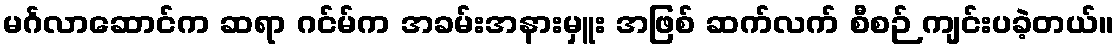
မင်္ဂလာဆောင်က ဆရာ ဂင်မ်က အခမ်းအနားမှူး အဖြစ် ဆက်လက် စီစဉ် ကျင်းပခဲ့တယ်။